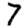
Digit: 7